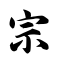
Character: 宗